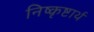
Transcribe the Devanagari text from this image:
निष्कृष्टार्थ